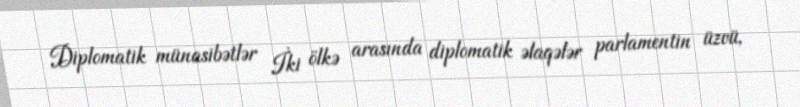
Diplomatik münasibətlər İki ölkə arasında diplomatik əlaqələr parlamentin üzvü,